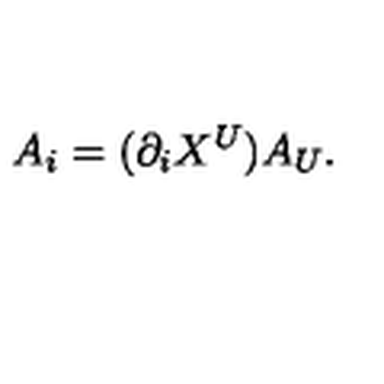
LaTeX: A _ { i } = ( \partial _ { i } X ^ { U } ) A _ { U } .